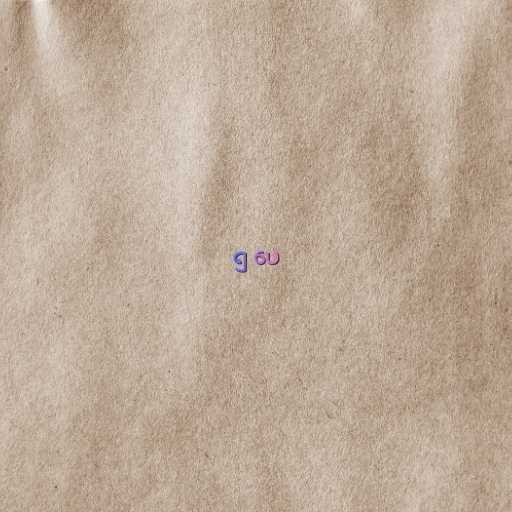
၅ ပေ